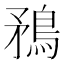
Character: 𭿼